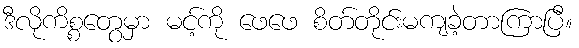
ဒီလိုကိစ္စတွေမှာ မင့်ကို ဖေဖေ စိတ်တိုင်းမကျခဲ့တာကြာပြီ။